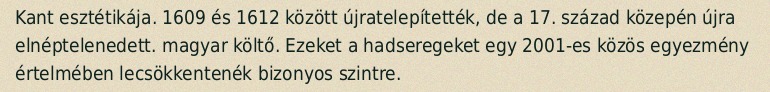
Kant esztétikája. 1609 és 1612 között újratelepítették, de a 17. század közepén újra elnéptelenedett. magyar költő. Ezeket a hadseregeket egy 2001-es közös egyezmény értelmében lecsökkentenék bizonyos szintre.